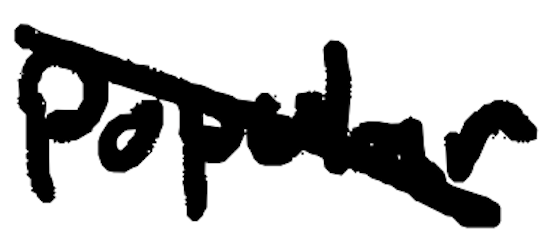
Text: popular
Cross-out: diagonal
Writing tool: digital_black